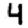
Digit: 4